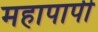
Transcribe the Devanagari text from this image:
महापापी